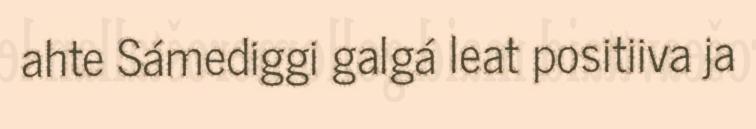
ahte Sámediggi galgá leat positiiva ja